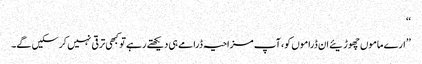
‘‘
’’ارے ماموں چھوڑیئے ان ڈراموں کو، آپ مزاحیہ ڈرامے ہی دیکھتے رہے تو کبھی ترقی نہیں کرسکیں گے۔